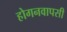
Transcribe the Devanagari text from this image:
होगनवापसी